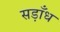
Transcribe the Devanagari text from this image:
सड़ाँध